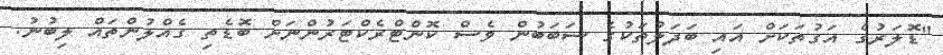
"ޑޮލަރުގެ އަގުތަކަށް އައި ބަދަލުތަކުގެ ސަބަބުން ވެސް ކޮންޓްރެކްޓަރުންނަށް ބޮޑެތި ގެއްލުންތައް ލިބުނު.